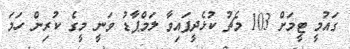
ގައުމީ ޓީމަށް 103 މެޗު ކުޅެދީފައިވާ ލަމްޕާޑު ވަނީ މީގެ ކުރިން ހަމަ